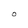
Character: O